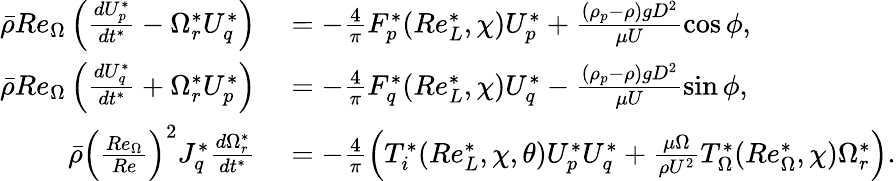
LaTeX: \begin{array}{rl}{\bar{\rho}Re_{\Omega}\left(\frac{dU_{p}^{*}}{dt^{*}}-\Omega_{r}^{*}U_{q}^{*}\right)}&{{}=-\frac{4}{\pi}F_{p}^{*}(Re_{L}^{*},\chi)U_{p}^{*}+\frac{(\rho_{p}-\rho)gD^{2}}{\mu U}\cos\phi,}\\ {\bar{\rho}Re_{\Omega}\left(\frac{dU_{q}^{*}}{dt^{*}}+\Omega_{r}^{*}U_{p}^{*}\right)}&{{}=-\frac{4}{\pi}F_{q}^{*}(Re_{L}^{*},\chi)U_{q}^{*}-\frac{(\rho_{p}-\rho)gD^{2}}{\mu U}\sin\phi,}\\ {\bar{\rho}\left(\frac{Re_{\Omega}}{Re}\right)^{2}J_{q}^{*}\frac{d\Omega_{r}^{*}}{dt^{*}}}&{{}=-\frac{4}{\pi}\left(T_{i}^{*}(Re_{L}^{*},\chi,\theta)U_{p}^{*}U_{q}^{*}+\frac{\mu\Omega}{\rho U^{2}}T_{\Omega}^{*}(Re_{\Omega}^{*},\chi)\Omega_{r}^{*}\right).}\end{array}